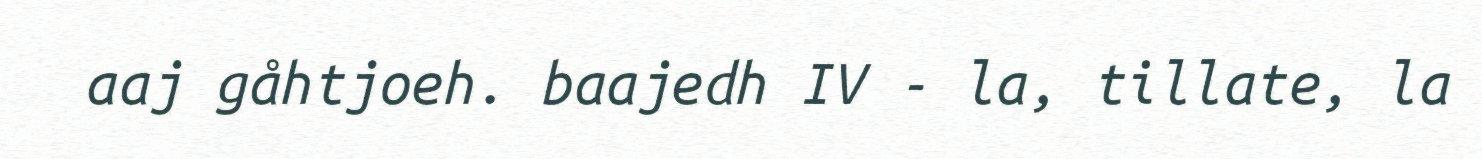
aaj gåhtjoeh. baajedh IV - la, tillate, la